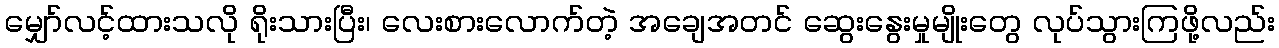
မျှော်လင့်ထားသလို ရိုးသားပြီး၊ လေးစားလောက်တဲ့ အချေအတင် ဆွေးနွေးမှုမျိုးတွေ လုပ်သွားကြဖို့လည်း